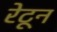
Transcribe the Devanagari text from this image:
रेटून